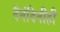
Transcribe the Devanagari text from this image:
दैनंदिनीही